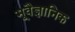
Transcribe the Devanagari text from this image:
भूवैज्ञानिक